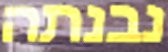
נבנתה